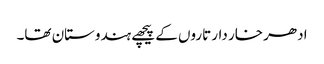
ادھر خار دار تاروں کے پیچھے ہندوستان تھا۔